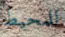
للمحيط